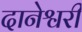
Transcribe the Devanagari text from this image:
दानेश्वरी